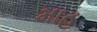
માહ